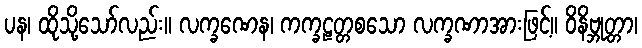
ပန၊ ထိုသို့သော်လည်း။ လက္ခဏေန၊ ကက္ခဠတ္တစသော လက္ခဏာအားဖြင့်။ ဝိနိဗ္ဘုတ္တာ၊